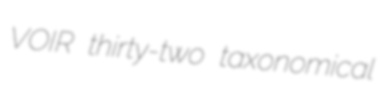
VOIR thirty-two taxonomical